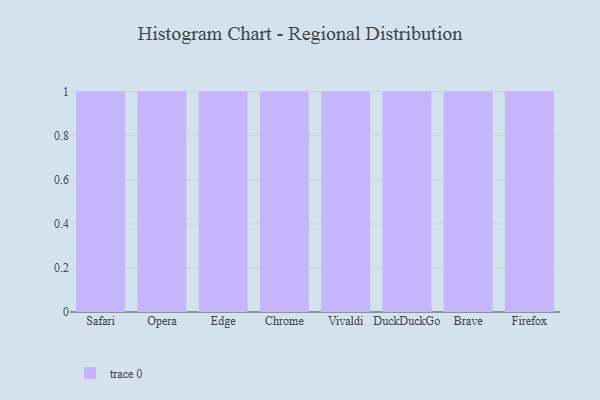
{"axis": {"x": "Browser", "y": "Net Income (USD K)"}, "legend": [""], "data": [{"x": "Safari", "y": 88, "type": ""}, {"x": "Opera", "y": 14, "type": ""}, {"x": "Edge", "y": 20, "type": ""}, {"x": "Chrome", "y": 59, "type": ""}, {"x": "Vivaldi", "y": 16, "type": ""}, {"x": "DuckDuckGo", "y": 86, "type": ""}, {"x": "Brave", "y": 46, "type": ""}, {"x": "Firefox", "y": 27, "type": ""}]}